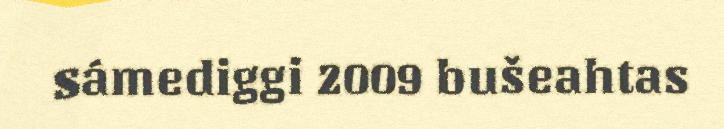
Sámediggi 2009 bušeahtas